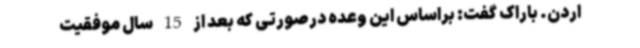
اردن. باراک گفت: براساس این وعده درصورتی که بعد از 15 سال موفقیت